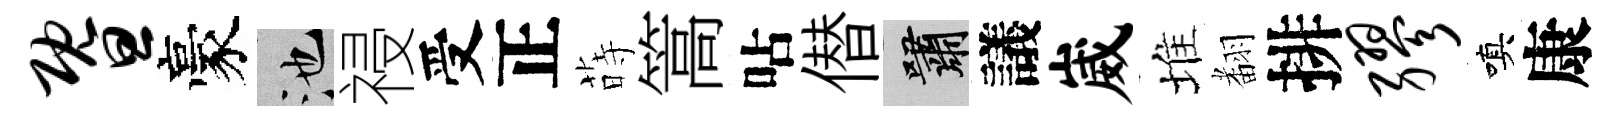
暨豪池祲受正蒔篙呫僣嘯議崴堆𮋒排缪嗔康